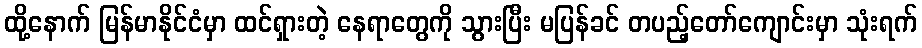
ထို့နောက် မြန်မာနိုင်ငံမှာ ထင်ရှားတဲ့ နေရာတွေကို သွားပြီး မပြန်ခင် တပည့်တော်ကျောင်းမှာ သုံးရက်